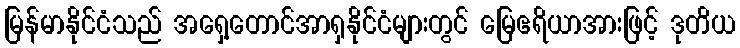
မြန်မာနိုင်ငံသည် အရှေ့တောင်အာရှနိုင်ငံများတွင် မြေဧရိယာအားဖြင့် ဒုတိယ